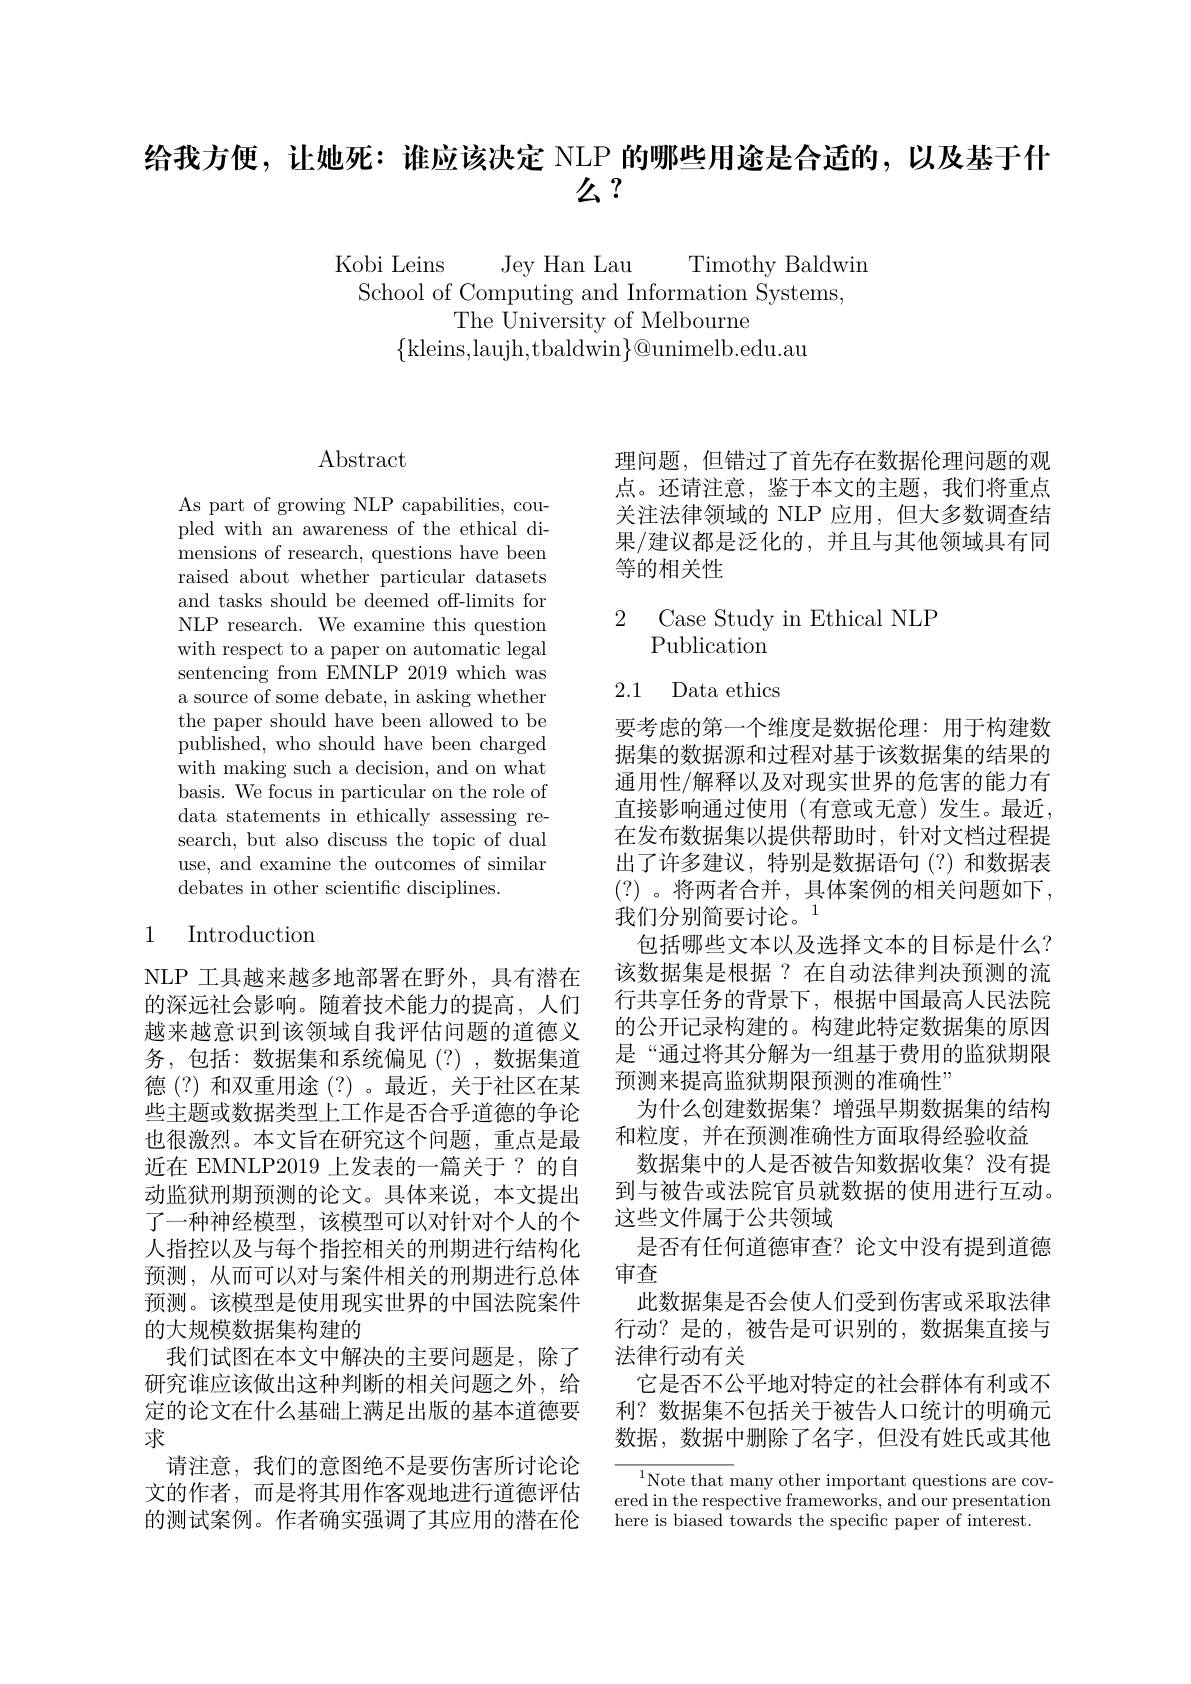
$\begin{aligned}\text{给我方便，让她死：谁应该决定 NLP 的哪些用途是合适的，以及基于什}\\\text{么 }?\end{aligned}$

Kobi Leins Jey Han Lau Timothy Baldwin
School of Computing and Information Systems,
The University of Melbourne
$\{$kleins,laujh,tbaldwin$\}@$unimelb.edu.au

# $\operatorname{Abstract}$

As part of growing NLP capabilities, coupled with an awareness of the ethical dimensions of research, questions have been raised about whether particular datasets and tasks should be deemed off-limits for NLP research. We examine this question with respect to a paper on automatic legal sentencing from EMNLP 2019 which was a source of some debate, in asking whether the paper should have been allowed to be published, who should have been charged with making such a decision, and on what basis. We focus in particular on the role of data statements in ethically assessing research, but also discuss the topic of dual use, and examine the outcomes of similar debates in other scientific disciplines.

## 1 Introduction

NLP 工具越来越多地部署在野外，具有潜在的深远社会影响。随着技术能力的提高，人们些主题或数据类型上工作是否合乎道德的争论近在 EMNLP2019 上发表的一篇关于？的自人指控以及与每个指控相关的刑期进行结构化预测，从而可以对与案件相关的刑期进行总体预测。该模型是使用现实世界的中国法院案件的大规模数据集构建的
我们试图在本文中解决的主要问题是，除了研究谁应该做出这种判断的相关问题之外，给定的论文在什么基础上满足出版的基本道德要求
请注意，我们的意图绝不是要伤害所讨论论文的作者，而是将其用作客观地进行道德评估的测试案例。作者确实强调了其应用的潜在伦

理问题，但错过了首先存在数据伦理问题的观点。还请注意，鉴于本文的主题，我们将重点关注法律领域的 NLP 应用，但大多数调查结果/建议都是泛化的，并且与其他领域具有同等的相关性

## 2 Case Study in Ethical NLP Publication

# 2.1 Data ethics

要考虑的第一个维度是数据伦理：用于构建数据集的数据源和过程对基于该数据集的结果的通用性/解释以及对现实世界的危害的能力有直接影响通过使用(有意或无意)发生。最近， 在发布数据集以提供帮助时，针对文档过程提出了许多建议，特别是数据语句(?)和数据表(?) 。将两者合并，具体案例的相关问题如下， 我们分别简要讨论。1
包括哪些文本以及选择文本的目标是什么？ 该数据集是根据？在自动法律判决预测的流行共享任务的背景下，根据中国最高人民法院
越来越意识到该领域自我评估问题的道德义 的公开记录构建的。构建此特定数据集的原因务，包括：数据集和系统偏见(?),数据集道 是“通过将其分解为一组基于费用的监狱期限德(?)和双重用途(?)。最近，关于社区在某 预测来提高监狱期限预测的准确性”
为什么创建数据集？增强早期数据集的结构
也很激烈。本文旨在研究这个问题，重点是最 和粒度，并在预测准确性方面取得经验收益
数据集中的人是否被告知数据收集？没有提
动监狱刑期预测的论文。具体来说，本文提出 到与被告或法院官员就数据的使用进行互动。
了一种神经模型，该模型可以对针对个人的个 这些文件属于公共领域
是否有任何道德审查？论文中没有提到道德
审查
此数据集是否会使人们受到伤害或采取法律行动？是的，被告是可识别的，数据集直接与法律行动有关
它是否不公平地对特定的社会群体有利或不利？数据集不包括关于被告人口统计的明确元数据，数据中删除了名字，但没有姓氏或其他

$^{1}$Note that many other important questions are covered in the respective frameworks, and our presentation here is biased towards the specific paper of interest.